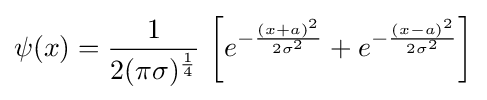
\psi (x)={\frac {1}{2(\pi \sigma )^{\frac {1}{4}}}}\,\left[e^{-{\frac {(x+a)^{2}}{2\sigma ^{2}}}}+e^{-{\frac {(x-a)^{2}}{2\sigma ^{2}}}}\right]